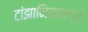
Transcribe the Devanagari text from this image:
टांझानियामध्ये